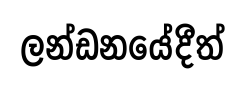
ලන්ඩනයේදීත්